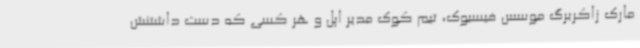
مارک زاکربرگ موسس فیسبوک، تیم کوک مدیر اپل و هر کسی که دست داشتنش